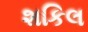
શકિલ